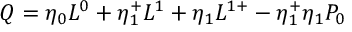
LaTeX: Q = \eta _ { 0 } L ^ { 0 } + \eta _ { 1 } ^ { + } L ^ { 1 } + \eta _ { 1 } L ^ { 1 + } - \eta _ { 1 } ^ { + } \eta _ { 1 } { \cal { P } } _ { 0 }